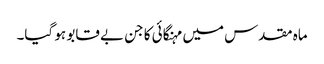
ماہ مقدس میں مہنگائی کا جن بے قابو ہو گیا۔